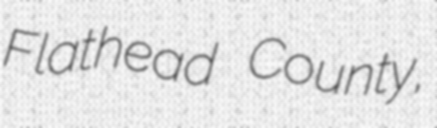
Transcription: Flathead County,